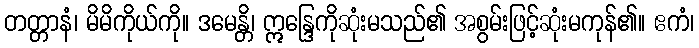
တတ္တာနံ၊ မိမိကိုယ်ကို။ ဒမေန္တိ၊ ဣန္ဒြေကိုဆုံးမသည်၏ အစွမ်းဖြင့်ဆုံးမကုန်၏။ ဧကံ၊